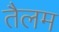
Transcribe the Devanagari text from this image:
तैलम